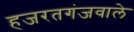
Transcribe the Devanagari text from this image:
हजरतगंजवाले